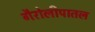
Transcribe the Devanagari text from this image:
गैरोलीपातल